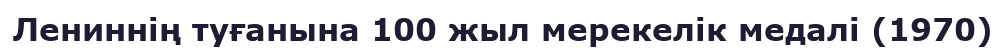
Лениннің туғанына 100 жыл мерекелік медалі (1970)